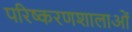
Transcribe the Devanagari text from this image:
परिष्करणशालाओं